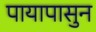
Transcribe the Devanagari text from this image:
पायापासुन